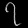
Digit: ၇